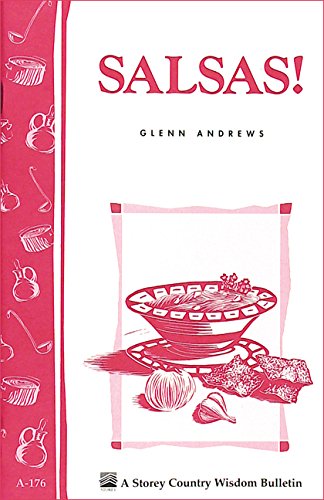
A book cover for Salsas!: Storey's Country Wisdom Bulletin A-176 (Storey Country Wisdom Bulletin, a-176); Glenn Andrews; Cookbooks, Food & Wine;